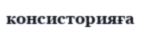
консисторияға